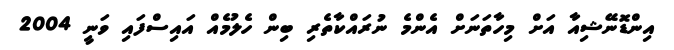
އިންޑޮނޭޝިއާ އަށް މިހާތަނަށް އެންމެ ނުރައްކާތެރި ބިން ހެލުމެއް އައިސްފައި ވަނީ 2004